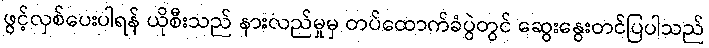
ဖွင့်လှစ်ပေးပါရန် ယိုစီးသည် နားလည်မှုမှ တပ်ထောက်ခံပွဲတွင် ဆွေးနွေးတင်ပြပါသည်